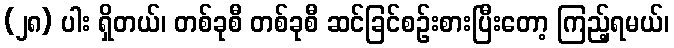
(၂၈) ပါး ရှိတယ်၊ တစ်ခုစီ တစ်ခုစီ ဆင်ခြင်စဉ်းစားပြီးတော့ ကြည့်ရမယ်၊